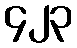
၄၂၃